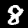
Label: 8